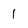
Character: 1